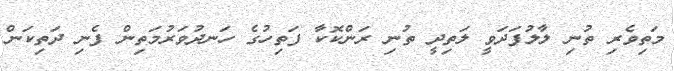
މަތިވެރި ތުނި ލާލުފަދަވީ ލަތިދީ ތުނި ރަންކޮކާ ފަތިހުގެ ހަނދުވަރުމަތިން ފެނި ދަތިކަން